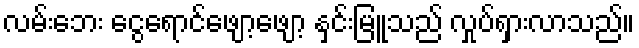
လမ်းဘေး ငွေရောင်ဖျော့ဖျော့ နှင်းမြူသည် လှုပ်ရှားလာသည်။